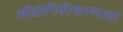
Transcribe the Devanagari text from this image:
औद्योगिकीकरणाला